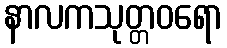
နာလကသုတ္တဝရော